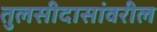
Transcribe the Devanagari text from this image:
तुलसीदासांवरील